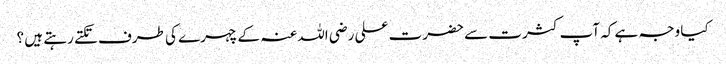
کیا وجہ ہے کہ آپ کثرت سے حضرت علی رضی اللہ عنہ کے چہرے کی طرف تکتے رہتے ہیں ؟